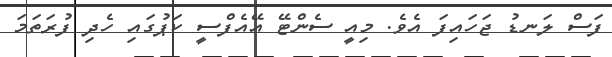
ފަސް ލަނޑު ޖަހައިފަ އެވެ. މިއީ ސެންޓޭ އޭއެފްސީ ކަޕުގައި ހެދި ފުރަތަމަ